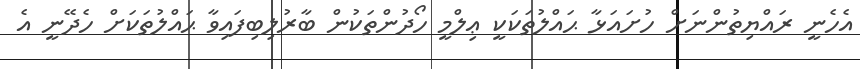
އެހެނީ ރައްޔިތުންނަށް ހުށައަޅާ ޙައްލުތަކަކީ ޢިލްމީ ހޯދުންތަކުން ބާރުލިބިފައިވާ ޙައްލުތަކަށް ހެދޭނީ އެ